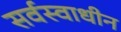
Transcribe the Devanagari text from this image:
सर्वस्वाधीन